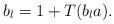
LaTeX: \begin{align*}b_l=1+T(b_la).\end{align*}